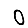
Digit: 0